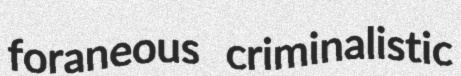
foraneous criminalistic